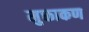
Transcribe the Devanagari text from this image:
मुक्ताकण